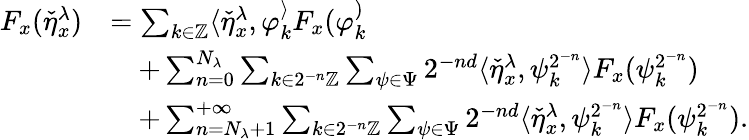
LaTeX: \begin{array}{rl}{F_{x}(\check{\eta}_{x}^{\lambda})}&{=\sum_{k\in\mathbb{Z}}\langle\check{\eta}_{x}^{\lambda},\varphi_{k}^\rangle F_{x}(\varphi_{k}^)}\\ &{\quad+\sum_{n=0}^{N_{\lambda}}\sum_{k\in 2^{-n}\mathbb{Z}}\sum_{\psi\in\Psi}2^{-nd}\langle\check{\eta}_{x}^{\lambda},\psi_{k}^{2^{-n}}\rangle F_{x}(\psi_{k}^{2^{-n}})}\\ &{\quad+\sum_{n=N_{\lambda}+1}^{+\infty}\sum_{k\in 2^{-n}\mathbb{Z}}\sum_{\psi\in\Psi}2^{-nd}\langle\check{\eta}_{x}^{\lambda},\psi_{k}^{2^{-n}}\rangle F_{x}(\psi_{k}^{2^{-n}}).}\end{array}